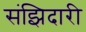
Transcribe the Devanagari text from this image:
संझिदारी